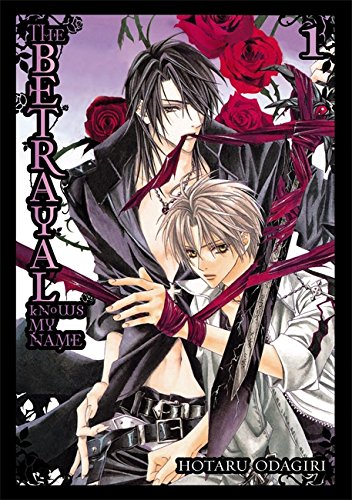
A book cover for The Betrayal Knows My Name, Vol. 1; Hotaru Odagiri; Comics & Graphic Novels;